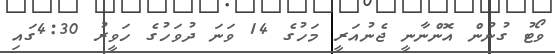
ވޯޓު ގުނުން އޮންނާނީ ޖެނުއަރީ މަހުގެ 14 ވަނަ ދުވަހުގެ ހަވީރު 4:30ގައި